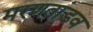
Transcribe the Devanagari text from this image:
मरणतांडव